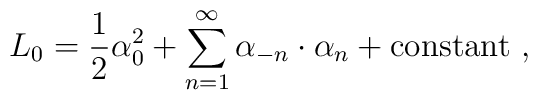
L_0={1\over2}\alpha_0^2+\sum_{n=1}^\infty\alpha_{-n}\cdot\alpha_n+\mbox{constant}\ ,